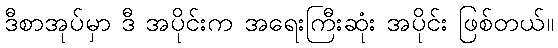
ဒီစာအုပ်မှာ ဒီ အပိုင်းက အရေးကြီးဆုံး အပိုင်း ဖြစ်တယ်။